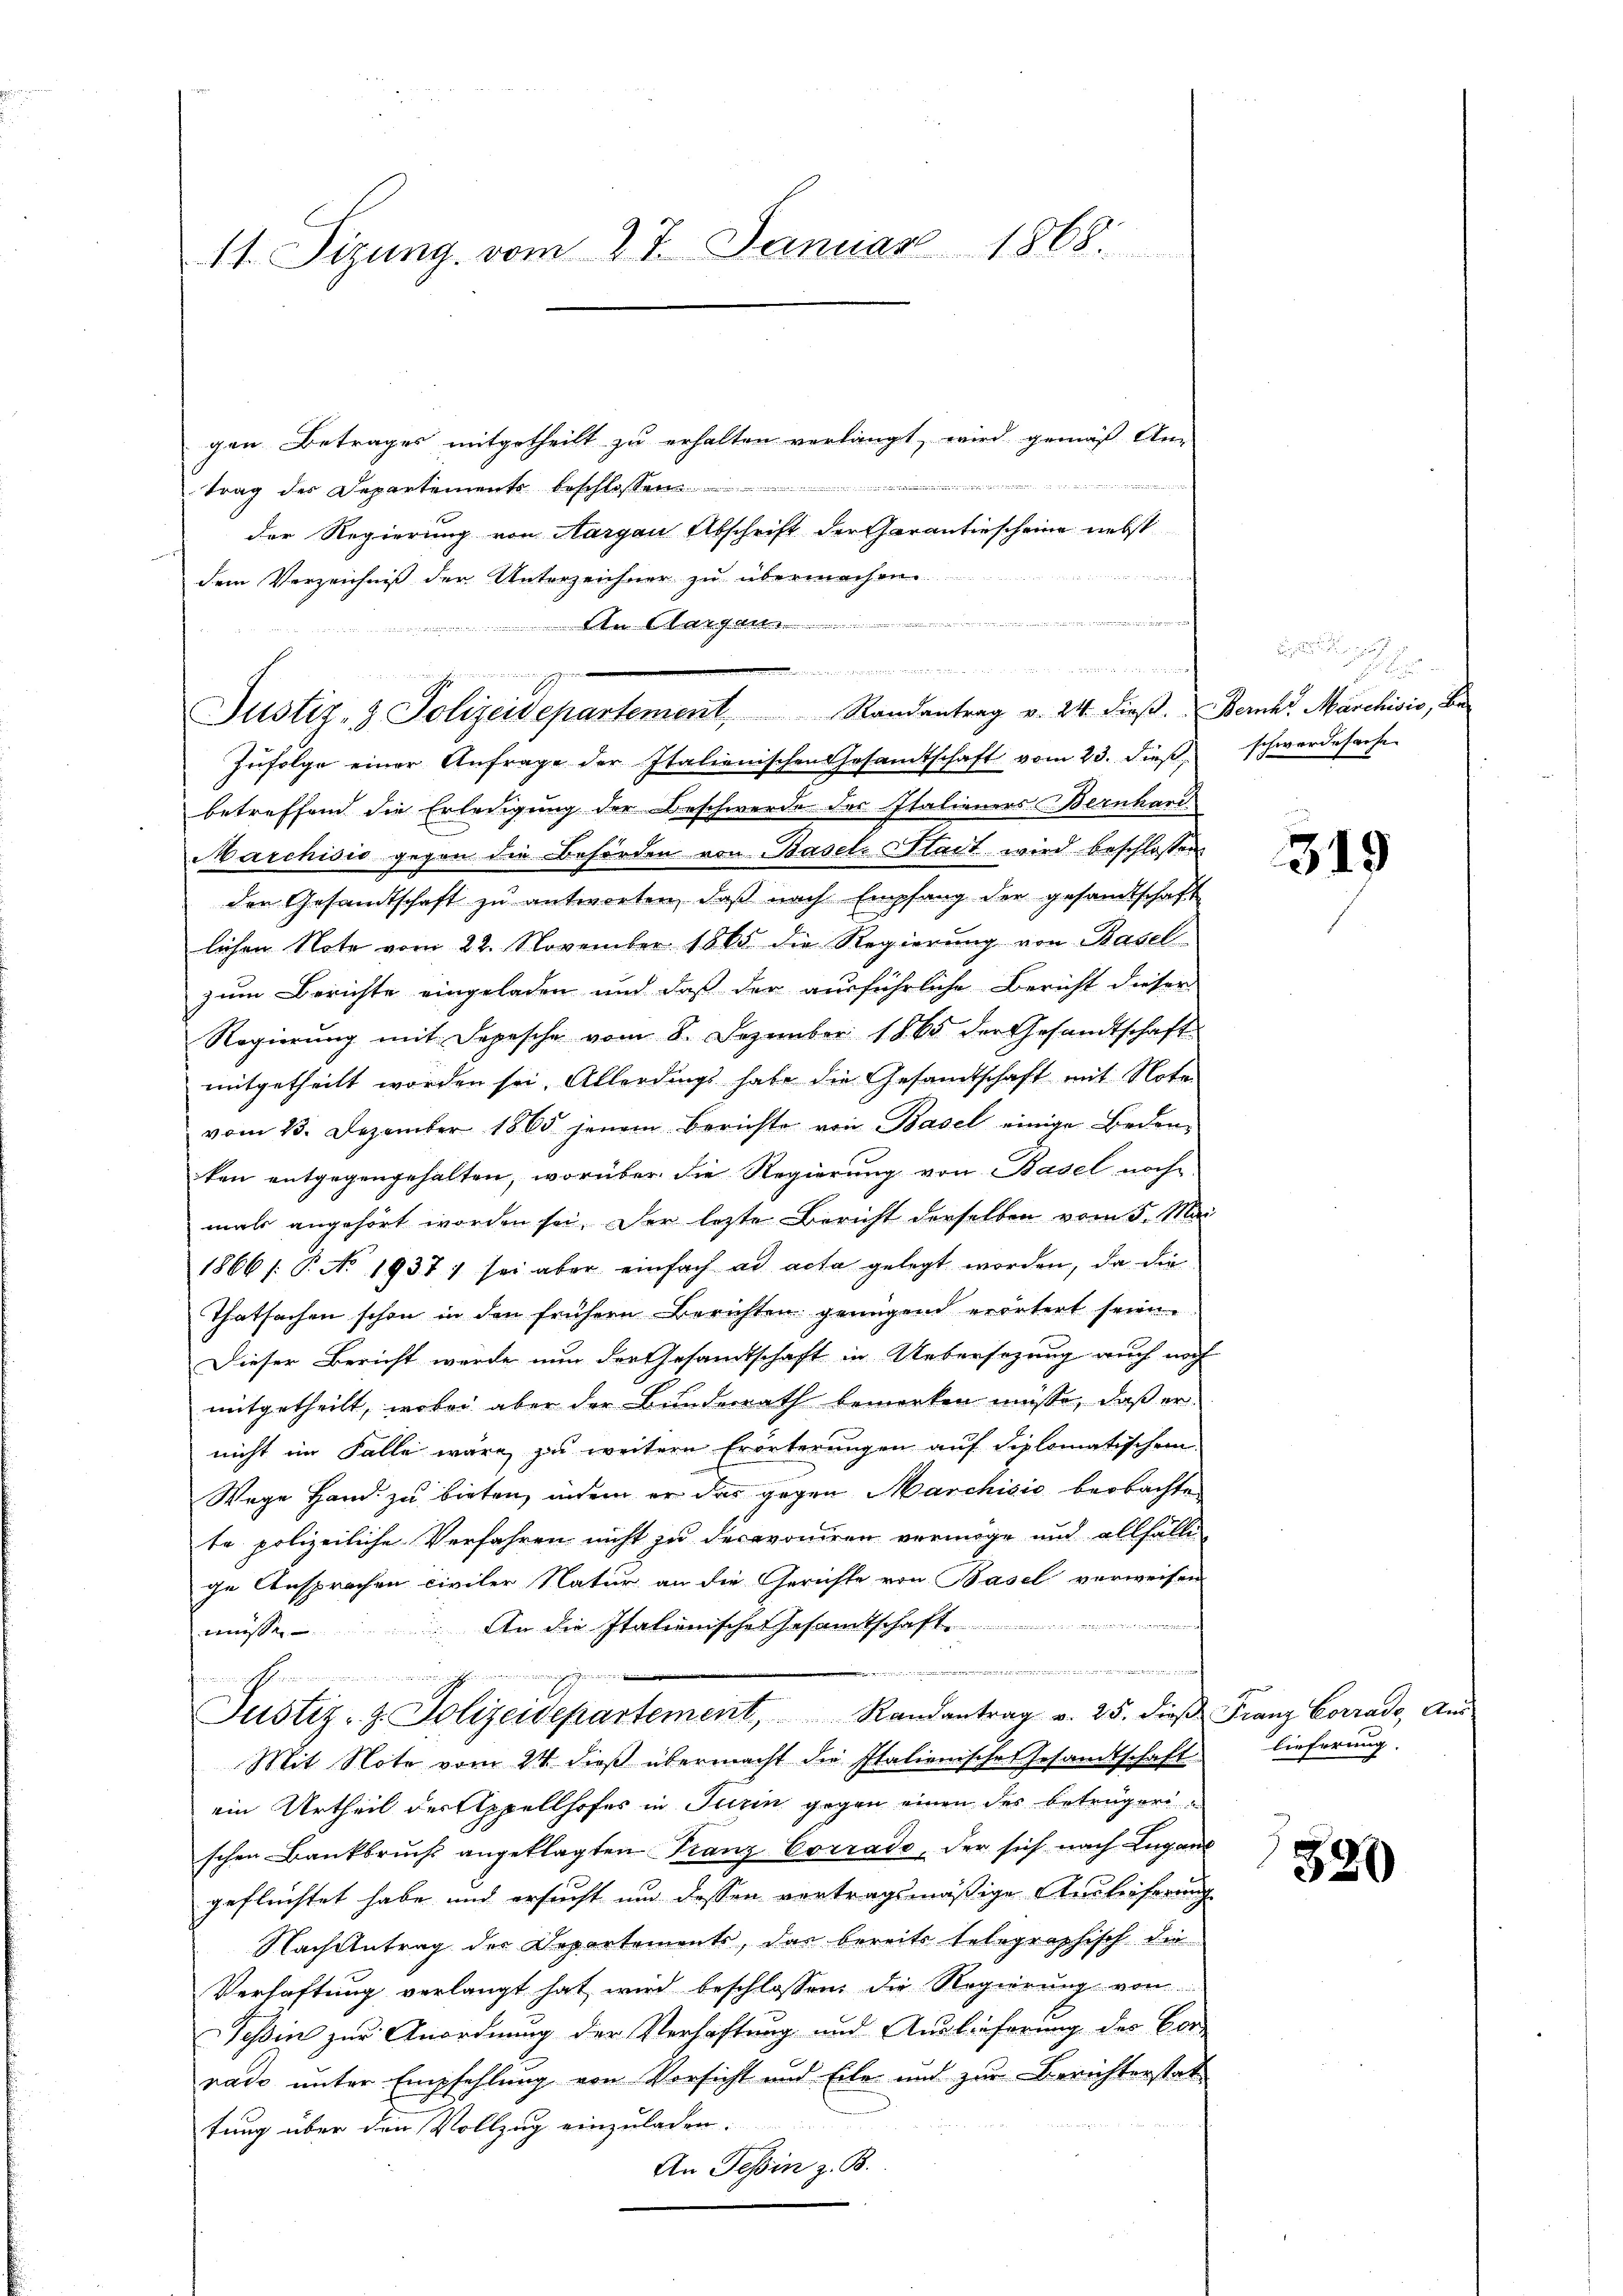
11. Sizung, vom 27. Januar 1868.

gen Betrages mitgetheilt zu erhalten verlangt, wird gemäß An-
trag des Departements beschlossen ................................................
der Regierung von Aargau Abschrift der Garantiescheine nebst

dem Verzeichniß der Unterzeichner zu übermachen.
 bestel

enischen, wenige meinen, den , und wir denn die die einigen geren, wenn

Justiz- & Polizeidepartement. Randantrag v. 24. dieβ.  Zürich Marchivio, Be

Zufolge einer Anfrage der Italienischen Gesamtschaft vom 23. dieß,
betreffend die Erledigung der Beschwerde des Italieners Bernhard
Marchisis gegen die Behörden von Basel Stadt wird beschlossen
den Gesandtschaft zu antworten, daß nach Empfang der gesandtschaft
lichen Note vom 22. November 1865 die Regierung von Basel
zum Berichte eingeladen und daß der ausführliche Bericht dieser
Regierŭng mit Depesche vom 8. Dezember 1865 der Gesandtschaft
mitgetheilt worden sei. Allerdings habe die Gesandtschaft mit Note
vom 13. Dezember 1865 jenem Berichte von Basel einige Bedeuken entgegengehalten, worüber die Regierung von Basel noche
mals angehört worden sei. Der lezte Bericht derselben vom 5. Mai
1866 /: P. No 1937 ; sei aber einfach ad acta gelegt worden, da die
Thatsachen schon in den frühern Berichten genügend erörtert seien.
Dieser Bericht wurde nun der Gesandtschaft in Uebersezung auch noch
mitgetheilt, wobei aber der Bundesrath bemerken müsse, daß er
nicht im Falle wäre zu weitern Erörterungen auf diplomatischem
Wege Hand zu bieten, indem er das gegen Manchisić beobachte
te polizeiliche Verfahren nicht zu decavoniren vermöge und allfälle
ge Ansprachen civiler Natur an die Gerichte von Basel verweisen
müsse. An die Italienisches Gesamtschaft
tette und eine
un einen auch sehr wir wir und einen einer erwendischen
Justiz- & Polizeidepartement, Randantrag v. 25. dieβ Franz Corrado, Aŭs
Mit Note vom 24. dieß übermacht die Italienische Gesandtschaft
ein Urtheil der Appellhofes in Turin gegen einen der Betrügerischen Bankbruchs angeklagten Franz Corrado, der sich nach Lugan
geflüchtet habe und ersucht und dessen vertragsmäßige Auslieferung
Nach Antrag der Departements, das bereits telegraphisch die
Verhaftung verlangt hat wird beschlossen, die Regierung von
Tessin zur Anordnung der Verhaftung und Auslieferung des Vor-
rado unter Empfehlung von Vorsicht und Eile und zur Berichterstat
tung über den Vollzug einzuladen.
An Tessin z. B.

be

schwerdesache |

319

lieferung.

320